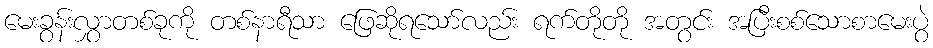
မေးခွန်းလွှာတစ်ခုကို တစ်နာရီသာ ဖြေဆိုရသော်လည်း ရက်တိုတို အတွင်း အပြီးစစ်သောစာမေးပွဲ